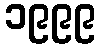
၁၉၉၉